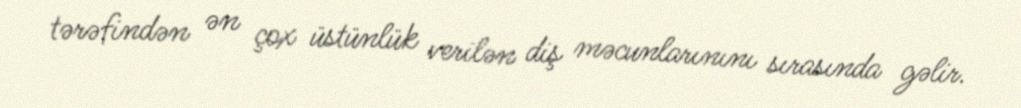
tərəfindən ən çox üstünlük verilən diş məcunlarınını sırasında gəlir.